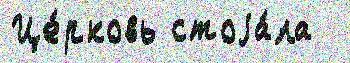
Це́рковь стоjа́ла